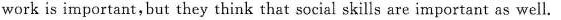
work is important,but they think that social skills are important as well.